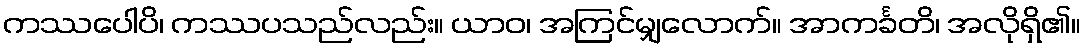
ကဿပေါပိ၊ ကဿပသည်လည်း။ ယာဝ၊ အကြင်မျှလောက်။ အာကင်္ခတိ၊ အလိုရှိ၏။